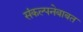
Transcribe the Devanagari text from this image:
संकल्पनेबाबत